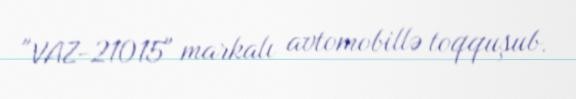
"VAZ-21015" markalı avtomobillə toqquşub.